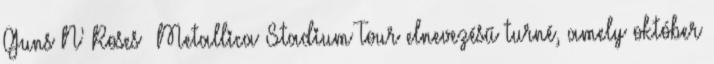
Guns N' Roses Metallica Stadium Tour elnevezésű turné, amely október